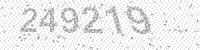
Solution: 249219